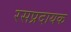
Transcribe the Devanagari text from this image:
रसप्रदायक